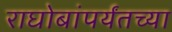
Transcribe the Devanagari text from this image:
राघोबांपर्यंतच्या